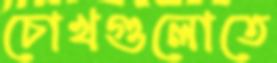
চোখগুলোতে